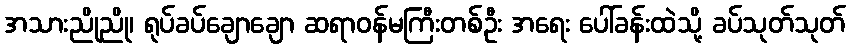
အသားညိုညို၊ ရုပ်ခပ်ချောချော ဆရာဝန်မကြီးတစ်ဦး အရေး ပေါ်ခန်းထဲသို့ ခပ်သုတ်သုတ်